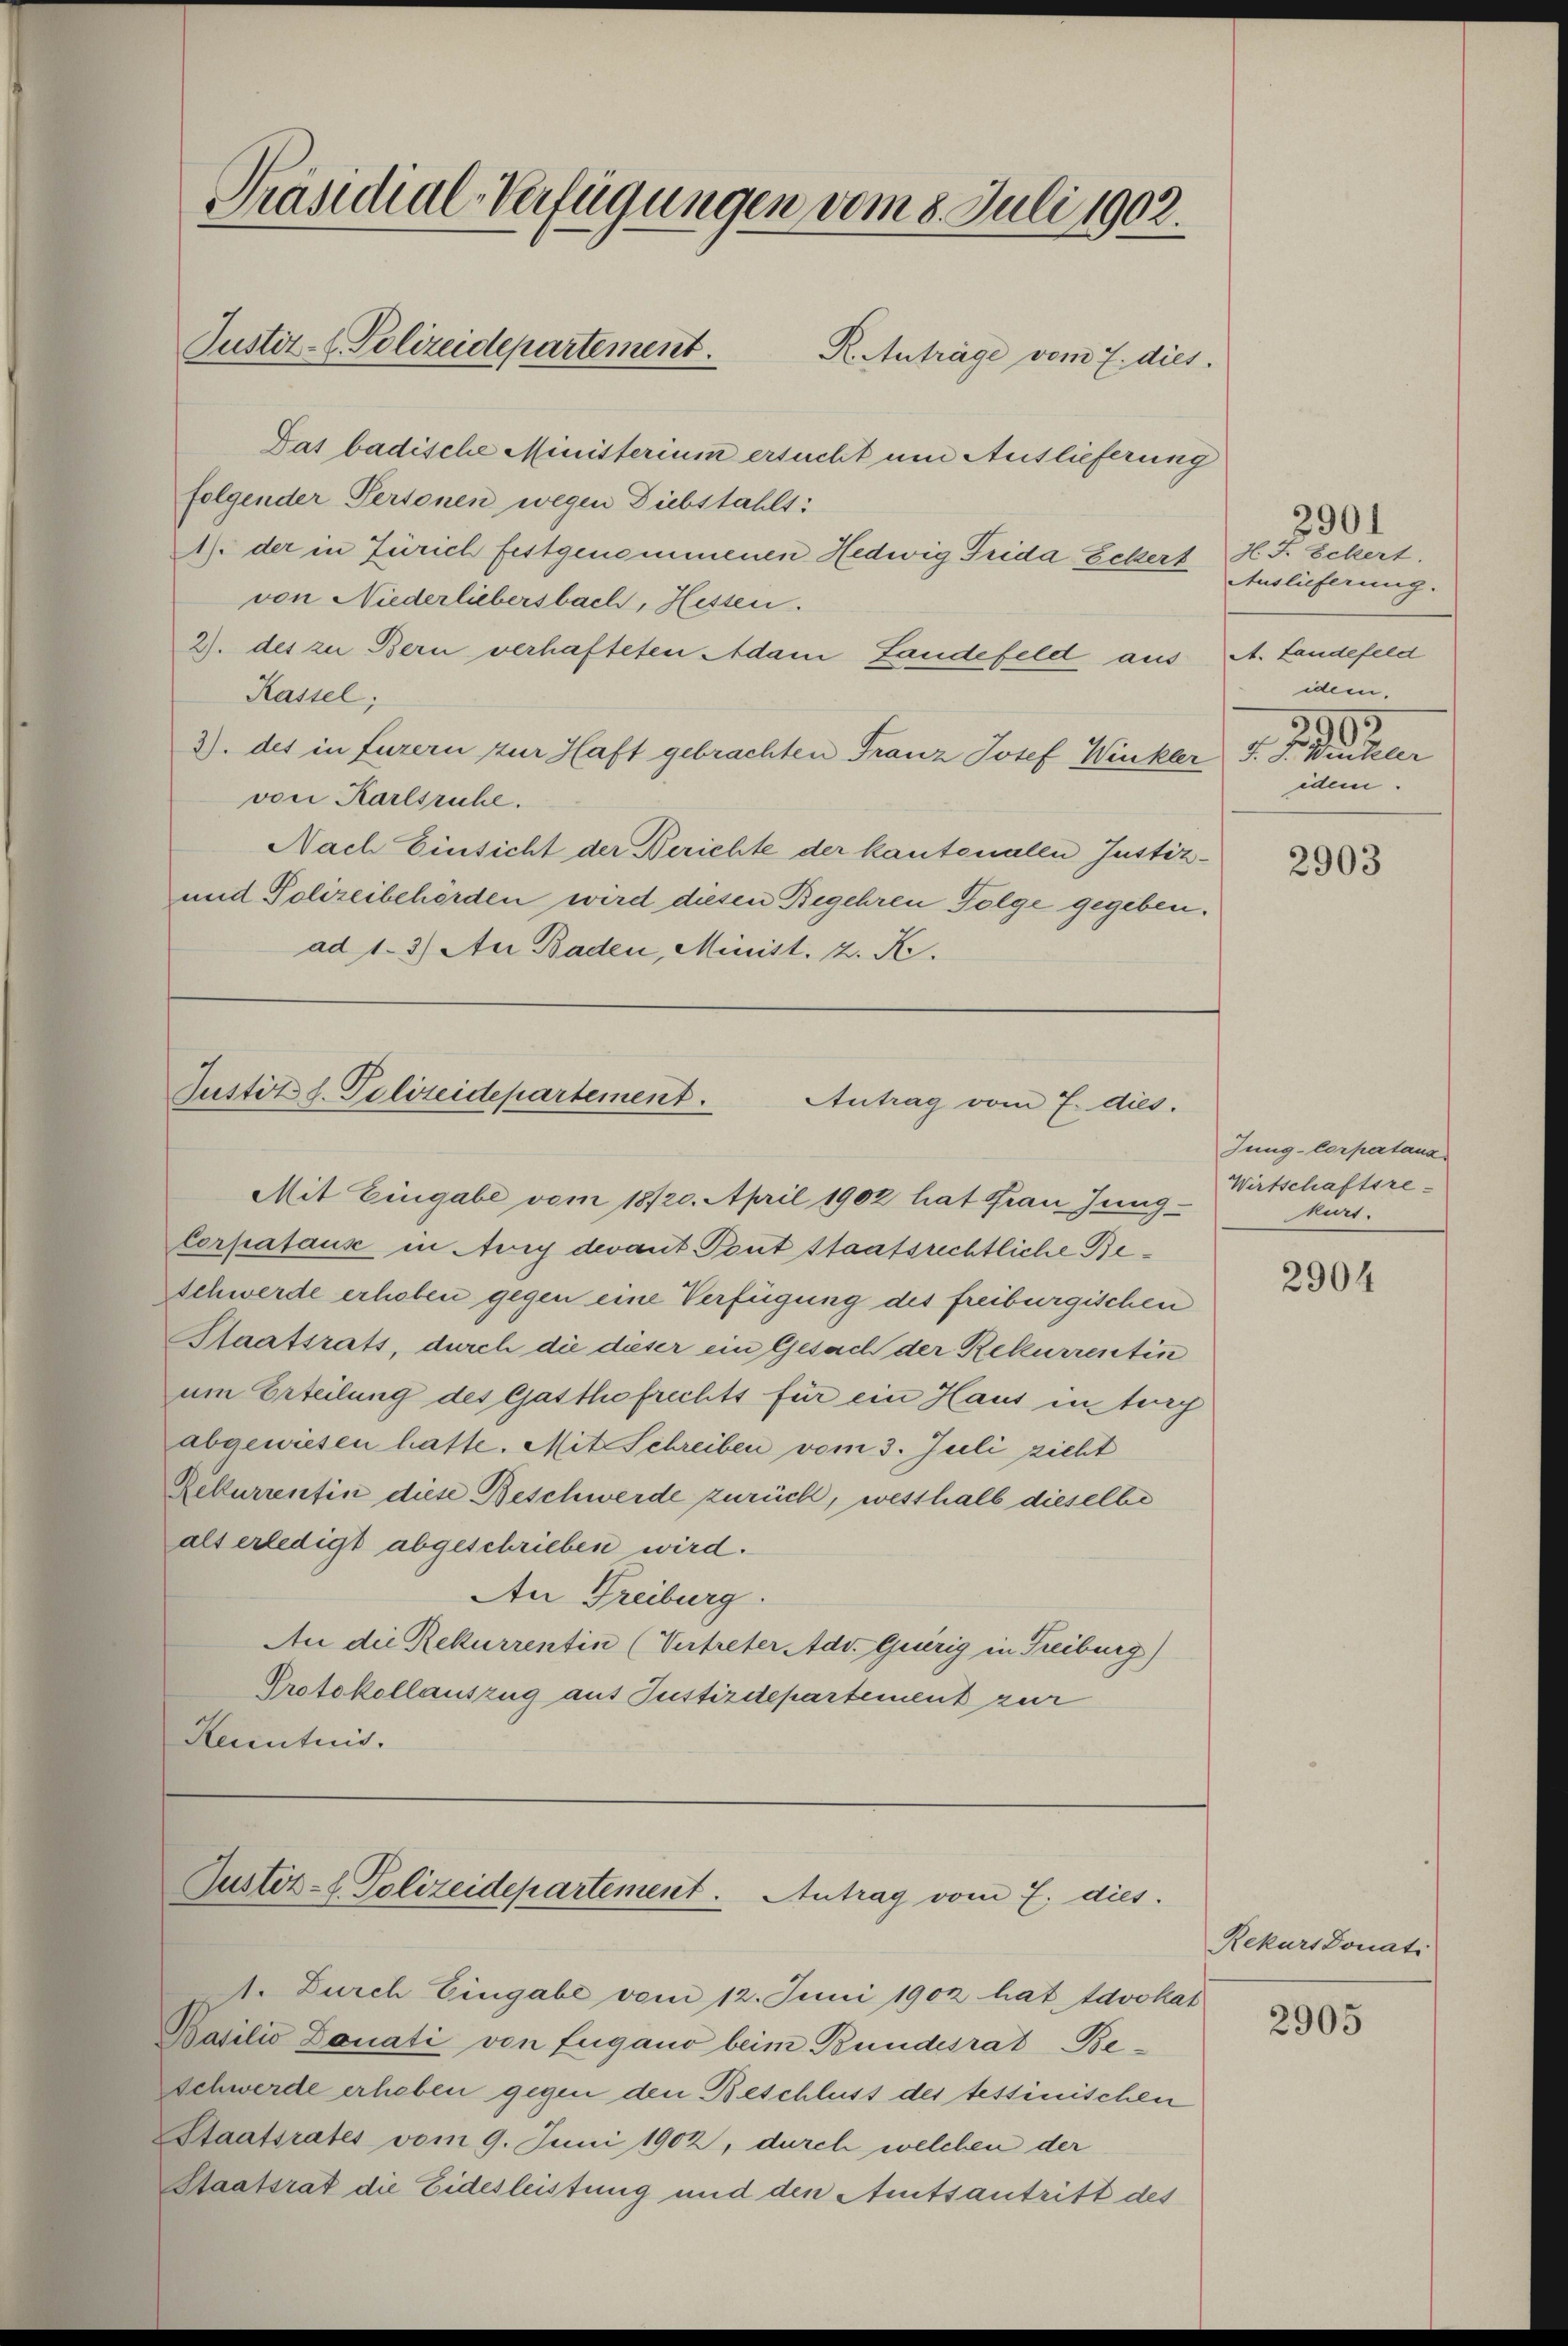
Präsidial-Verfügungen vom 8. Juli 1902.
Justiz-Polizeidepartement.
R. Anträge vom 7. dies

Das badische Ministerium ersucht um Auslieferung
folgender Personen wegen Diebstahlt:
1. der in Zürich festgenommenen Hedwig Frida Eckert
von Niederliebersbach, Hessen.
2). des zu Bern verhafteten Adam Landefeld aus A. Landefeld
Kassel;
3) des in Eurern zur Haft gebrachten Franz Josef Winkler J. J. Winkler
von Karlsruhe.
Nach Einsicht der Berichte der kantonalen Justiz¬
und Polizeibehörden wird diesen Begehren Folge gegeben.
ad 1. 3) An Baden, Minist. 2. K.

Justiz d. Polizeidepartement.
Antrag vom 7. dies.

Rekurrentin diese Beschwerde zurück, wesshalb dieselbe
als erledigt abgeschrieben wird.
An Freiburg.
An die Rekurrentin (Vertreter Adv. Gierig in Freiburg)
Protokollauszug aus Justizdepartement zur
Kenntnis.

A. Durch Eingabe vom 12. Juni 1902 hat Advokat
Basilio Donati von Eugano beim Bundesrat Beschwerde erheben gegen den Beschluss des tessinischen
Staatsrates vom 9. Juni 1902, durch welchen der
Staatsrat die Eidesleistung und den Amtsantritt des

Mit Eingabe vom 18/20. April 1902 hat Frau Jung¬
Corpataus in Avey devant. Pont staatsrechtliche Be¬
Schwerde erhoben gegen eine Verfügung des freiburgischen
Staatsrats, durch die dieser ein Gesach der Rekurrentin
um Erteilung des Gasthofrechts für ein Haus in teg
abgewiesen hatte. Mit Schreiben vom 3. Juli zieht

Justiz- & Polizeidepartement. Antrag vom 7. dies

2901
J. J. Eckert.
Auslieferung.
idem.
3995
idem.

2903

Jung-Corpartana
Wirtschaftsre-
kurt.

2904

RekursDonati

2905